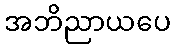
အဘိညာယပေ